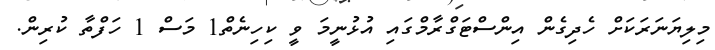
މިލިޔަނަރަކަށް ހެދިގެން އިންސްޓަގްރާމްގައި އުޅުނީމަ ވީ ކިހިނެތް1 މަސް 1 ހަފްތާ ކުރިން.